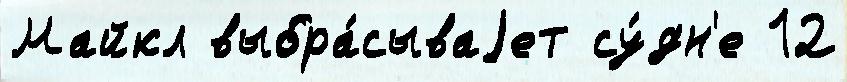
Майкл выбра́сываjет су́дн'е 12